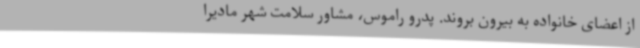
از اعضای خانواده به بیرون بروند. پدرو راموس، مشاور سلامت شهر مادیرا